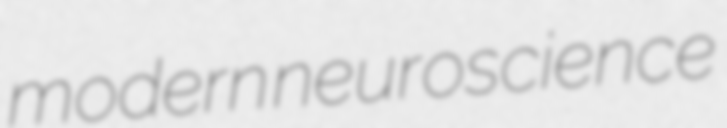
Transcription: modern neuroscience